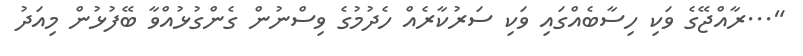
"...ރާއްޖޭގެ ވަކި ހިސާބެއްގައި ވަކި ސަރުކާރެއް ހެދުމުގެ ވިސްނުން ގެންގުޅުއްވާ ބޭފުޅުން މިއަދު